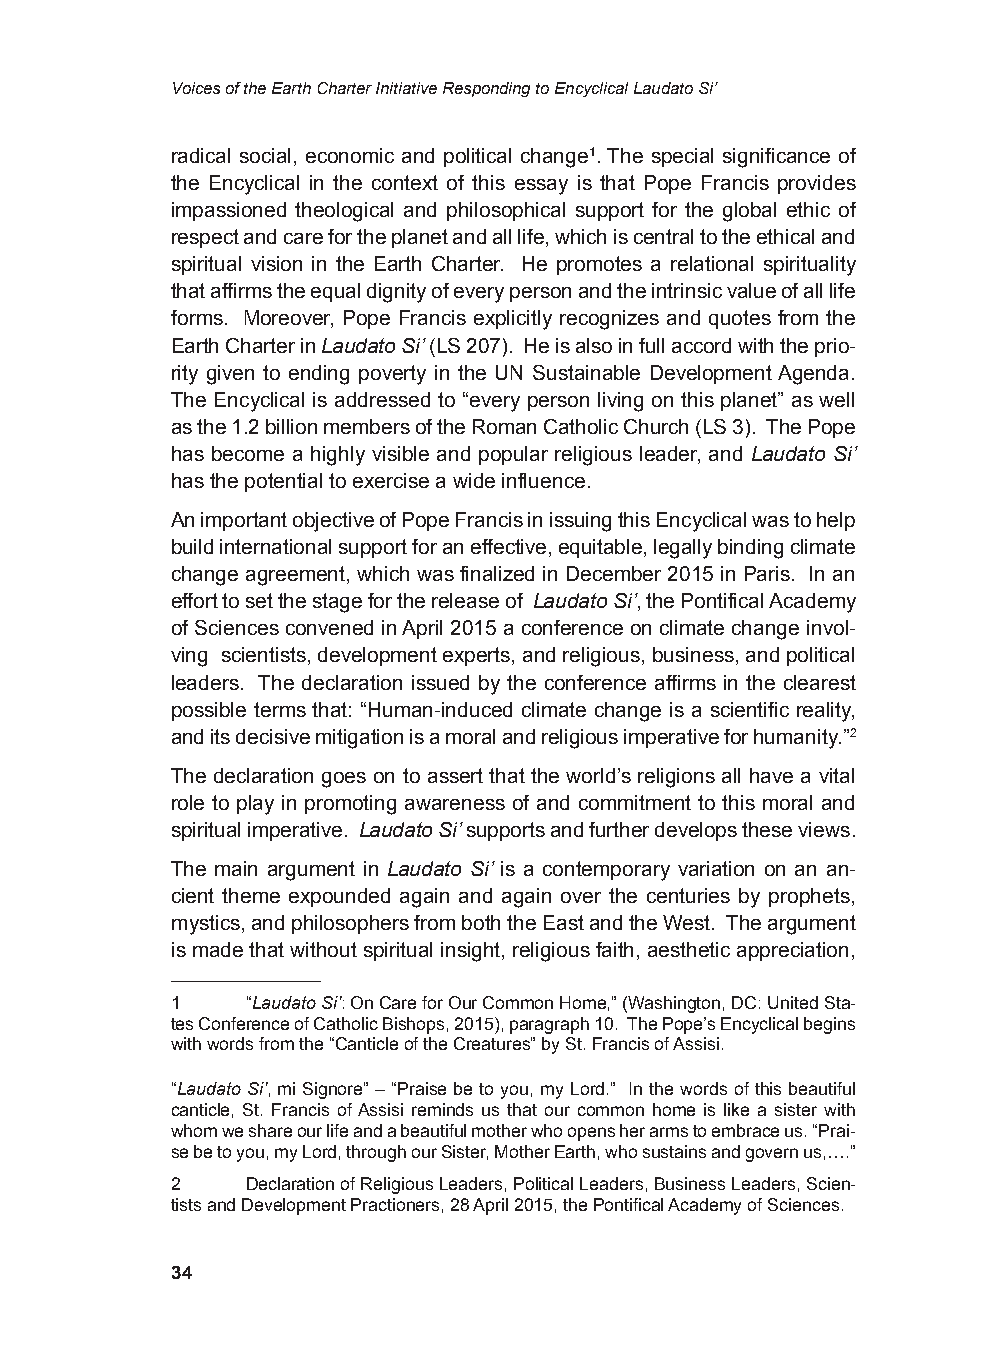
Voices of the Earth Charter Initiative Responding to Encyclical Laudato Si’
 radical social, economic and political change1. The special significance of
 the Encyclical in the context of this essay is that Pope Francis provides
 impassioned theological and philosophical support for the global ethic of
 respect and care for the planet and all life, which is central to the ethical and
 spiritual vision in the Earth Charter. He promotes a relational spirituality
 that affirms the equal dignity of every person and the intrinsic value of all life
 forms. Moreover, Pope Francis explicitly recognizes and quotes from the
 Earth Charter in Laudato Si’ (LS 207). He is also in full accord with the prio-
 rity given to ending poverty in the UN Sustainable Development Agenda.
 The Encyclical is addressed to “every person living on this planet” as well
 as the 1.2 billion members of the Roman Catholic Church (LS 3). The Pope
 has become a highly visible and popular religious leader, and Laudato Si’
 has the potential to exercise a wide influence.
 An important objective of Pope Francis in issuing this Encyclical was to help
 build international support for an effective, equitable, legally binding climate
 change agreement, which was finalized in December 2015 in Paris. In an
 effort to set the stage for the release of Laudato Si’, the Pontifical Academy
 of Sciences convened in April 2015 a conference on climate change invol-
 ving scientists, development experts, and religious, business, and political
 leaders. The declaration issued by the conference affirms in the clearest
 possible terms that: “Human-induced climate change is a scientific reality,
 and its decisive mitigation is a moral and religious imperative for humanity.”2
 The declaration goes on to assert that the world’s religions all have a vital
 role to play in promoting awareness of and commitment to this moral and
 spiritual imperative. Laudato Si’ supports and further develops these views.
 The main argument in Laudato Si’ is a contemporary variation on an an-
 cient theme expounded again and again over the centuries by prophets,
 mystics, and philosophers from both the East and the West. The argument
 is made that without spiritual insight, religious faith, aesthetic appreciation,
 1    “Laudato Si’: On Care for Our Common Home,” (Washington, DC: United Sta-
 tes Conference of Catholic Bishops, 2015), paragraph 10. The Pope’s Encyclical begins
 with words from the “Canticle of the Creatures” by St. Francis of Assisi.
 “Laudato Si’, mi Signore” – “Praise be to you, my Lord.” In the words of this beautiful
 canticle, St. Francis of Assisi reminds us that our common home is like a sister with
 whom we share our life and a beautiful mother who opens her arms to embrace us. “Prai-
 se be to you, my Lord, through our Sister, Mother Earth, who sustains and govern us,….”
 2    Declaration of Religious Leaders, Political Leaders, Business Leaders, Scien-
 tists and Development Practioners, 28 April 2015, the Pontifical Academy of Sciences.
 34